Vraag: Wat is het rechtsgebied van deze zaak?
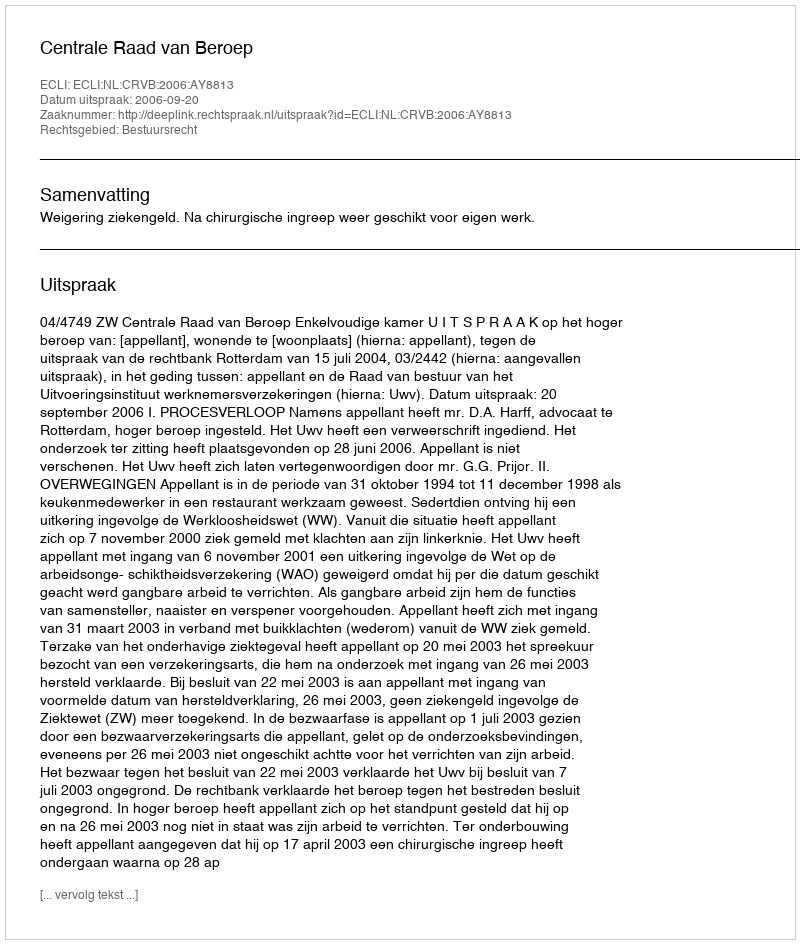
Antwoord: Bestuursrecht